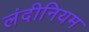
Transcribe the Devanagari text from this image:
लंदीनियम